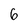
Character: 6